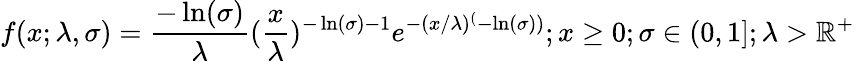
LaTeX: f(x;\lambda,\sigma)=\frac{-\ln(\sigma)}{\lambda}(\frac{x}{\lambda})^{-\ln(\sigma)-1}e^{-(x/\lambda)^{(}-\ln(\sigma))};x\ge 0;\sigma\in(0,1];\lambda>\mathbb{R}^{+}